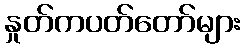
နှုတ်ကပတ်တော်များ